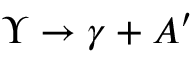
\Upsilon \rightarrow \gamma + A ^ { \prime }